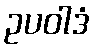
ဥပဝါဒံ